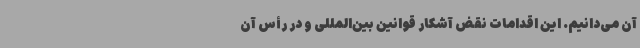
آن می‌دانیم. این اقدامات نقض آشکار قوانین بین‌المللی و در رأس آن